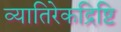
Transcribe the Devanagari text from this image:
व्यातिरेकद्रिष्टि